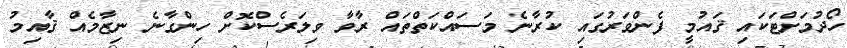
ހޯދުމަށްޓަކައި ޤައުމީ ފެންވަރުގައި ކުރާނެ މަސައްކަތްތައް ރާވާ ވިލަރެސްކޮށް ހިންގާނެ ނިޒާމެއް ޤާއިމު